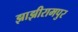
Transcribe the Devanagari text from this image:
झाझीरामपुर